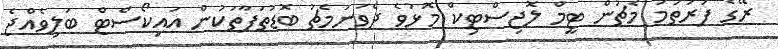
ރޭގެ ފުރަތަމަ މެޗުން ޓީމް ލޮޖިސްޓިކް މޮޅުވެ ދެވަނަމެޗު ބޮޑުތަފާތަކުން އައިކޯސްޓް ބަލިވެއްޖެ